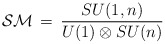
\begin{align*}{\cal SM} \, = \, {{SU(1,n)}\over{U(1)\otimes SU(n)}} \end{align*}